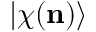
| \chi ( \mathbf { n } ) \rangle